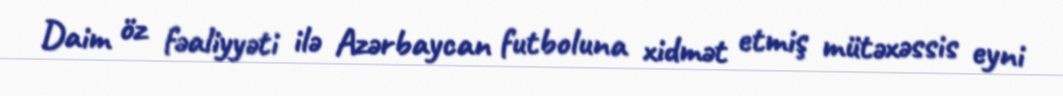
Daim öz fəaliyyəti ilə Azərbaycan futboluna xidmət etmiş mütəxəssis eyni